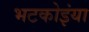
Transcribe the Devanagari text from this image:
भटकोइंया